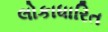
લોકાધારિત